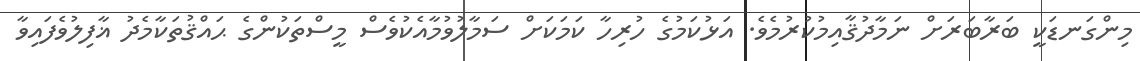
މިންގަނޑަކީ ބަރާބަރަށް ނަމާދުޤާއިމުކުރުމެވެ. އަޅުކަމުގެ ހުރިހާ ކަމަކަށް ސަމާލުވުމާއެކުވެސް މީސްތަކުންގެ ޙައްޤުތަކާމެދު ޣާފިލުވެފައިވާ